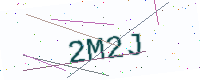
Text: 2M2J